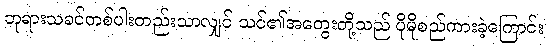
ဘုရားသခင်တစ်ပါးတည်းသာလျှင် သင်၏အတွေးတို့သည် ပိုမိုစည်ကားခဲ့ကြောင်း